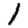
Digit: 1